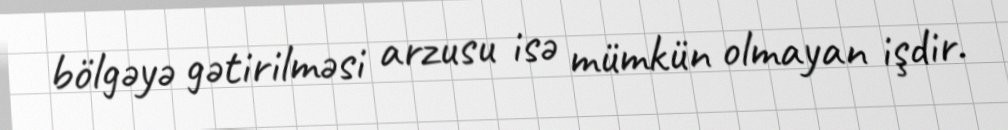
bölgəyə gətirilməsi arzusu isə mümkün olmayan işdir.